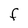
Character: F